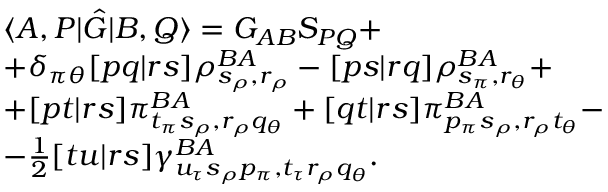
\begin{array} { r l } & { \langle A , P | \hat { G } | B , Q \rangle = G _ { A B } S _ { P Q } + } \\ & { + \delta _ { \pi \theta } [ p q | r s ] \rho _ { s _ { \rho } , r _ { \rho } } ^ { B A } - [ p s | r q ] \rho _ { s _ { \pi } , r _ { \theta } } ^ { B A } + } \\ & { + [ p t | r s ] \pi _ { t _ { \pi } s _ { \rho } , r _ { \rho } q _ { \theta } } ^ { B A } + [ q t | r s ] \pi _ { p _ { \pi } s _ { \rho } , r _ { \rho } t _ { \theta } } ^ { B A } - } \\ & { - \frac { 1 } { 2 } [ t u | r s ] \gamma _ { u _ { \tau } s _ { \rho } p _ { \pi } , t _ { \tau } r _ { \rho } q _ { \theta } } ^ { B A } . } \end{array}